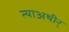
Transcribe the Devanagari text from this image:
त्याअथीर्